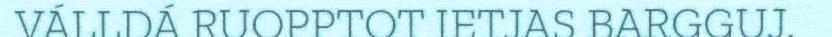
VÁLLDÁ RUOPPTOT IETJAS BARGGUJ.